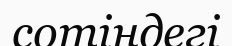
сотіндегі